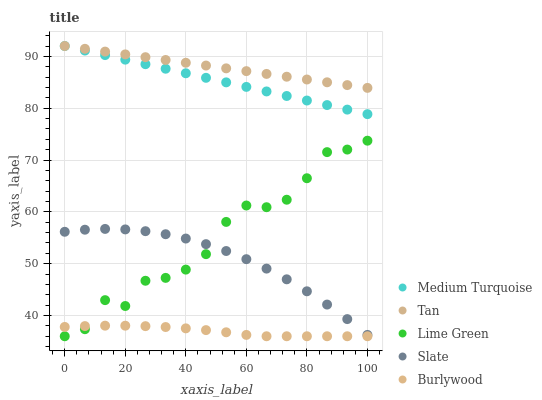
| xaxis_label | Medium Turquoise | Tan | Lime Green | Slate | Burlywood |
 | --- | --- | --- | --- | --- | --- |
 | 0 | 92 | 92 | 36 | 56.2 | 37.8 |
 | 6.67 | 91.1 | 91.5 | 37.4 | 56.6 | 38 |
 | 13.3 | 90.2 | 90.9 | 43 | 56.7 | 38 |
 | 20 | 89.4 | 90.4 | 41.8 | 56.6 | 38 |
 | 26.7 | 88.5 | 89.8 | 46.7 | 56.3 | 37.9 |
 | 33.3 | 87.6 | 89.3 | 47.3 | 55.7 | 37.8 |
 | 40 | 86.7 | 88.8 | 48.9 | 54.9 | 37.5 |
 | 46.7 | 85.9 | 88.2 | 51.8 | 53.8 | 37.2 |
 | 53.3 | 85 | 87.7 | 58.1 | 52.4 | 36.8 |
 | 60 | 84.1 | 87.2 | 61.2 | 50.9 | 36.3 |
 | 66.7 | 83.2 | 86.6 | 60.9 | 49.1 | 36 |
 | 73.3 | 82.4 | 86.1 | 62.3 | 47 | 36 |
 | 80 | 81.5 | 85.5 | 66.5 | 44.7 | 36 |
 | 86.7 | 80.6 | 85 | 71.5 | 42.1 | 36 |
 | 93.3 | 79.7 | 84.5 | 72 | 39.3 | 36 |
 | 100 | 78.9 | 83.9 | 73.7 | 36.3 | 36 |